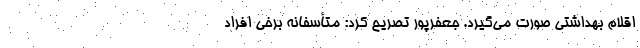
اقلام بهداشتی صورت می‌گیرد. جعفرپور تصریح کرد: متأسفانه برخی افراد